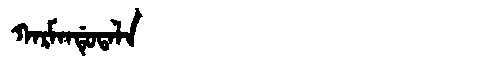
Manchu: ᡴᠠᡵᠮᠠᠨᡩᡠᡨᠠᠯᠠ
Romanization: KARMANDUTALA